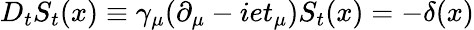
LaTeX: D_{t}S_{t}(x)\equiv\gamma_{\mu}(\partial_{\mu}-iet_{\mu})S_{t}(x)=-\delta(x)